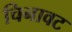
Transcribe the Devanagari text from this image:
चिनावट